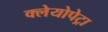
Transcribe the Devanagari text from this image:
क्लेयोपेट्रा